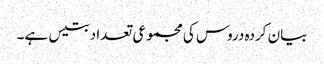
بیان کردہ دروس کی مجموعی تعداد بتیس ہے۔